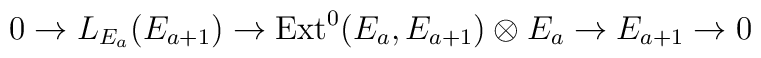
0\rightarrow L_{E_{a}}(E_{a+1})\rightarrow {\rm Ext}^0(E_a,E_{a+1})\otimes E_a\rightarrow E_{a+1} \rightarrow 0